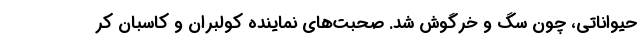
حیواناتی، چون سگ و خرگوش شد. صحبت‌های نماینده کولبران و کاسبان کر